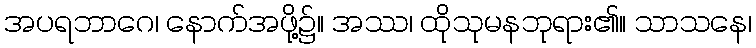
အပရဘာဂေ၊ နောက်အဖို့၌။ အဿ၊ ထိုသုမနဘုရား၏။ သာသနေ၊